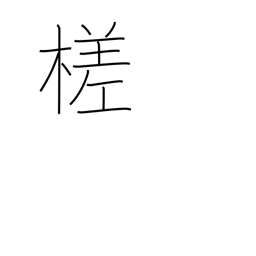
Meaning: cut slantwise